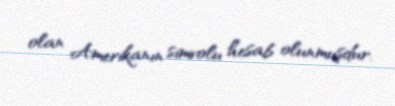
olan Amerikanın simvolu hesab olunmuşdur.